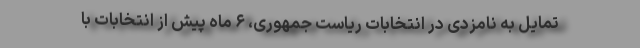
تمایل به نامزدی در انتخابات ریاست جمهوری، ۶ ماه پیش از انتخابات با